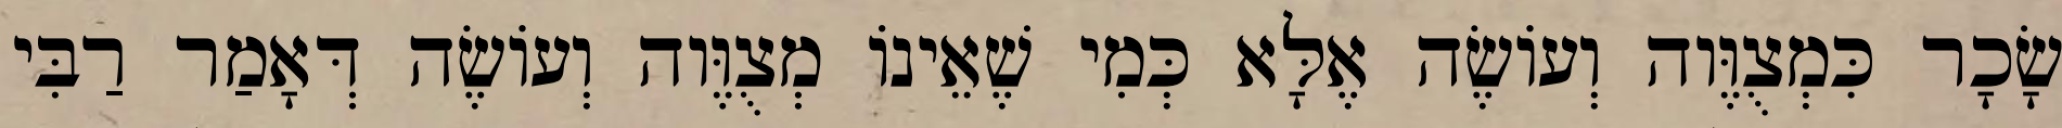
שָׂכָר כִּמְצֻוֶּוה וְעוֹשֶׂה אֶלָּא כְּמִי שֶׁאֵינוֹ מְצֻוֶּוה וְעוֹשֶׂה דְּאָמַר רַבִּי